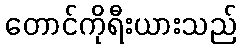
တောင်ကိုရီးယားသည်